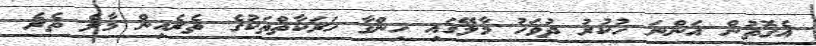
އެގޮތުން އަންނަ ހުކުރު ދުވަހު މާލޭގައި ހިންގާ ހަރަކާތްތަކުގެ ތެރެއިން މާލެ ތެރެ